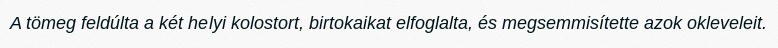
A tömeg feldúlta a két helyi kolostort, birtokaikat elfoglalta, és megsemmisítette azok okleveleit.